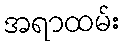
အရာထမ်း